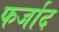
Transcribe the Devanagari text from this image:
फर्जाद